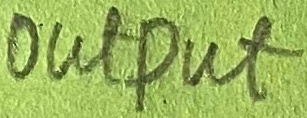
Text: Output